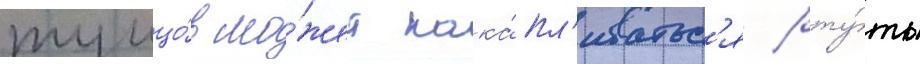
тунцо́в мо́жет нака́пл'иватьс'я рту́ть